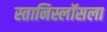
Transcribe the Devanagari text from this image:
स्तानिस्लॉसला